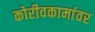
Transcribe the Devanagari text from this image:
कोरीवकामांवर